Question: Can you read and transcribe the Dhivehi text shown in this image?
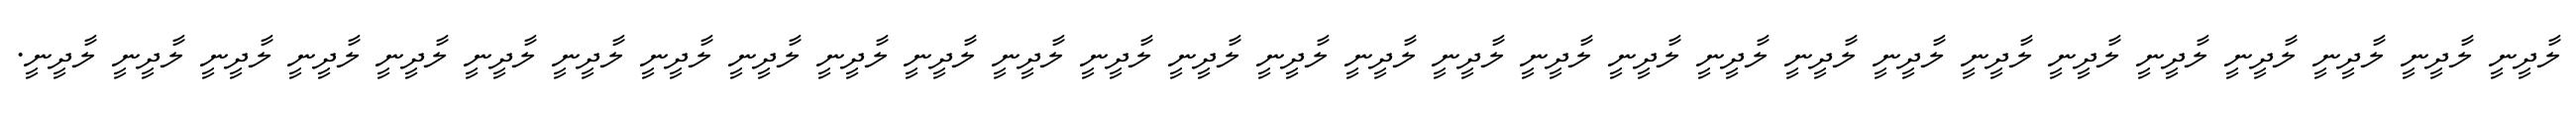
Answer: ލާދީނީ ލާދީނީ ލާދީނީ ލާދީނީ ލާދީނީ ލާދީނީ ލާދީނީ ލާދީނީ ލާދީނީ ލާދީނީ ލާދީނީ ލާދީނީ ލާދީނީ ލާދީނީ ލާދީނީ ލާދީނީ ލާދީނީ ލާދީނީ ލާދީނީ ލާދީނީ ލާދީނީ ލާދީނީ ލާދީނީ ލާދީނީ ލާދީނީ ލާދީނީ ލާދީނީ ލާދީނީ ލާދީނީ.